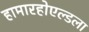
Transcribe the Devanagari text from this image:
हामारहोएल्डला